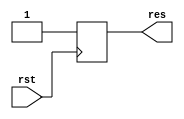
module initial_edge (res,
		     rst);
   output  res;
   input   rst;
   reg 	   res = 1'b0;
   always @(posedge rst) begin
      if (rst == 1'b1) begin
         res <= 1'b1;
      end
   end
endmodule